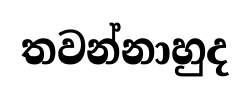
තවන්නාහුද